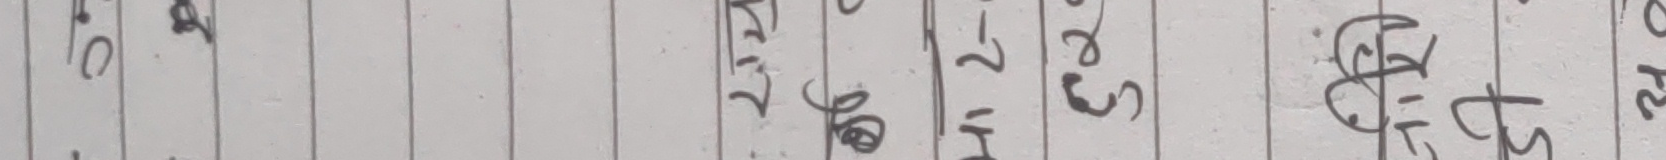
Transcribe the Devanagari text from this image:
० ७ २५ गु २० ७२ रु प्रति घन्टा